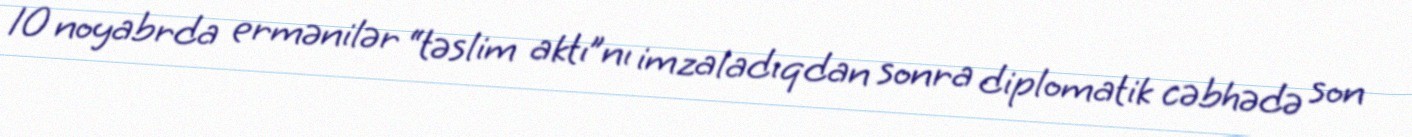
10 noyabrda ermənilər “təslim aktı”nı imzaladıqdan sonra diplomatik cəbhədə son